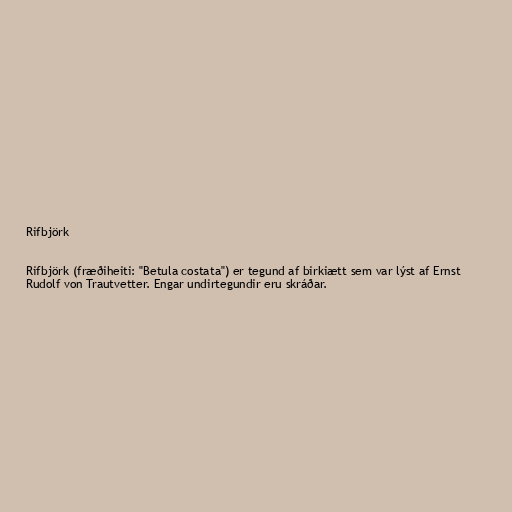
Rifbjörk

Rifbjörk (fræðiheiti: "Betula costata") er tegund af birkiætt sem var lýst af Ernst
Rudolf von Trautvetter. Engar undirtegundir eru skráðar.